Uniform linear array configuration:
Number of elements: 64
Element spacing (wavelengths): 0.75
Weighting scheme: blackman
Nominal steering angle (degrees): -45
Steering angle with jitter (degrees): -46.417
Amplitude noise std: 0.05
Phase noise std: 0.05

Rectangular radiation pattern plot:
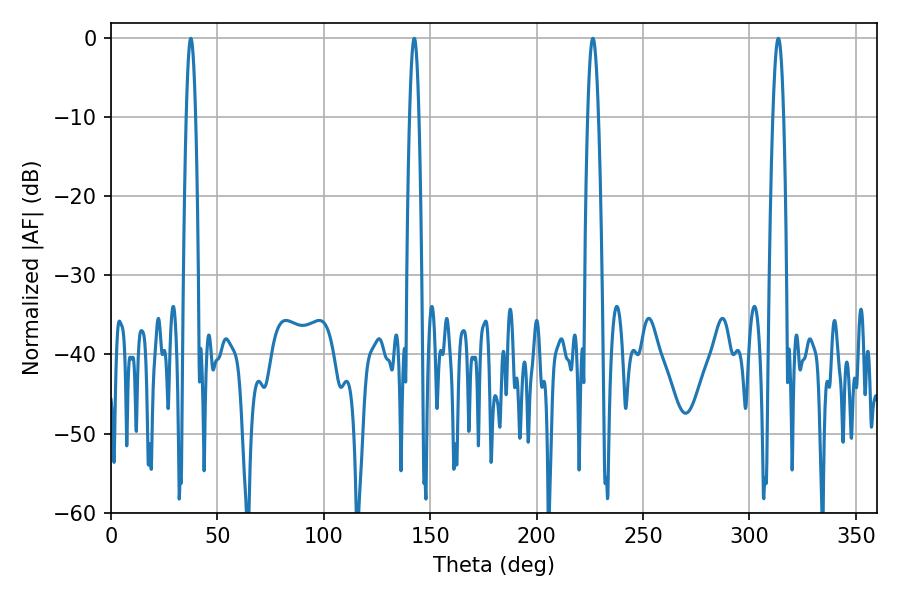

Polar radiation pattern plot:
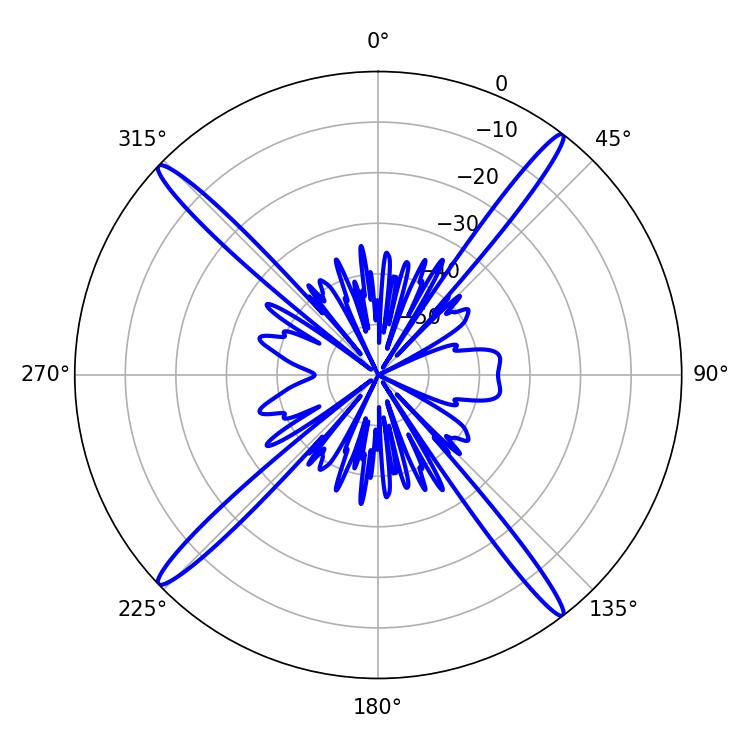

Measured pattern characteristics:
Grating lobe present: TRUE
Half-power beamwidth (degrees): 2.7
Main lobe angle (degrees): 313.56